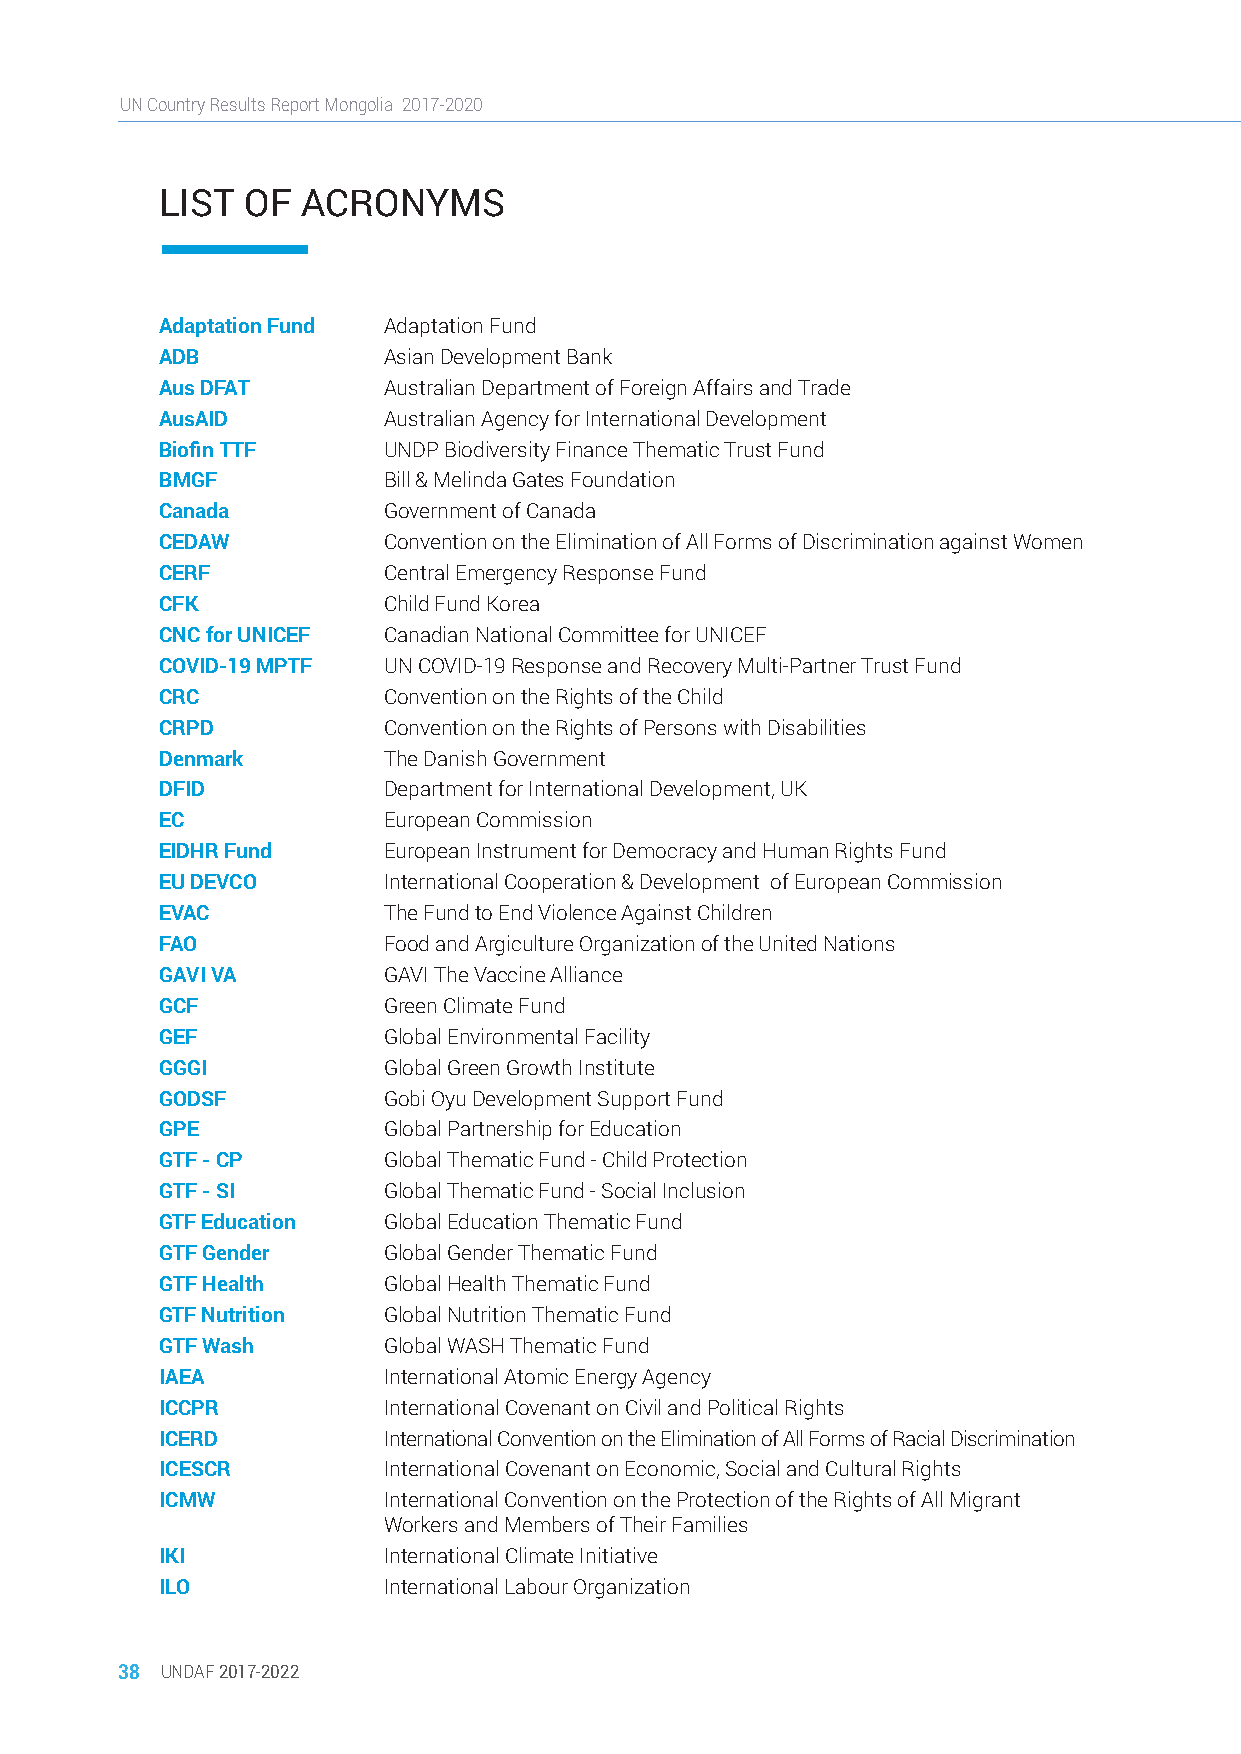
UN Country Results Report Mongolia 2017-2020
 LIST OF  ACRONYMS
 Adaptation Fund Adaptation Fund
 ADB           Asian Development Bank
 Aus DFAT      Australian Department of Foreign Affairs and Trade
 AusAID        Australian Agency for International Development
 Biofin TTF    UNDP Biodiversity Finance Thematic Trust Fund
 BMGF          Bill & Melinda Gates Foundation
 Canada        Government of Canada
 CEDAW         Convention on the Elimination of All Forms of Discrimination against Women
 CERF          Central Emergency Response Fund
 CFK           Child Fund Korea
 CNC for UNICEF Canadian National Committee for UNICEF
 COVID-19 MPTF UN COVID-19 Response and Recovery Multi-Partner Trust Fund
 CRC           Convention on the Rights of the Child
 CRPD          Convention on the Rights of Persons with Disabilities
 Denmark       The Danish Government
 DFID          Department for International Development, UK
 EC            European Commission
 EIDHR Fund    European Instrument for Democracy and Human Rights Fund
 EU DEVCO      International Cooperation & Development of European Commission
 EVAC          The Fund to End Violence Against Children
 FAO           Food and Argiculture Organization of the United Nations
 GAVI VA       GAVI The Vaccine Alliance
 GCF           Green Climate Fund
 GEF           Global Environmental Facility
 GGGI          Global Green Growth Institute
 GODSF         Gobi Oyu Development Support Fund
 GPE           Global Partnership for Education
 GTF - CP      Global Thematic Fund - Child Protection
 GTF - SI      Global Thematic Fund - Social Inclusion
 GTF Education Global Education Thematic Fund
 GTF Gender    Global Gender Thematic Fund
 GTF Health    Global Health Thematic Fund
 GTF Nutrition Global Nutrition Thematic Fund
 GTF Wash      Global WASH Thematic Fund
 IAEA          International Atomic Energy Agency
 ICCPR         International Covenant on Civil and Political Rights
 ICERD         International Convention on the Elimination of All Forms of Racial Discrimination
 ICESCR        International Covenant on Economic, Social and Cultural Rights
 ICMW          International Convention on the Protection of the Rights of All Migrant
 Workers and Members of Their Families
 IKI           International Climate Initiative
 ILO           International Labour Organization
 38 UNDAF 2017-2022